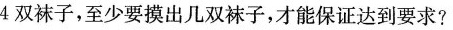
4双袜子，至少要摸出几双袜子，才能保证达到要求?